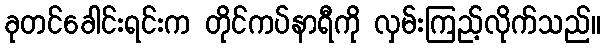
ခုတင်ခေါင်းရင်းက တိုင်ကပ်နာရီကို လှမ်းကြည့်လိုက်သည်။